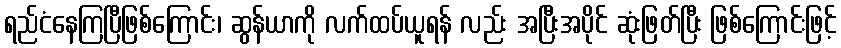
ရည်ငံနေကြပြီဖြစ်ကြောင်း၊ ဆွန်ယာကို လက်ထပ်ယူရန် လည်း အပြီးအပိုင် ဆုံးဖြတ်ပြီး ဖြစ်ကြောင်းဖြင့်